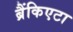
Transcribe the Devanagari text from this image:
ब्रैंकिएटा